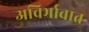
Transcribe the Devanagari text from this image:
अविर्भावात